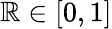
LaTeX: \mathbb{R}\in[0,1]